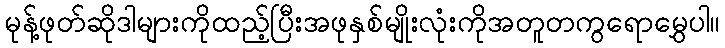
မုန့်ဖုတ်ဆိုဒါများကိုထည့်ပြီးအဖုနှစ်မျိုးလုံးကိုအတူတကွရောမွှေပါ။